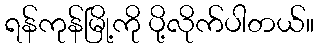
ရန်ကုန်မြို့ကို ပို့လိုက်ပါတယ်။